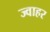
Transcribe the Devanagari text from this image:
ज्वाहर